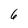
Character: 6